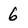
Character: 6